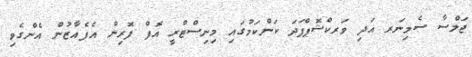
ޖަލްސާ ސެމިނަރ އަދި ވަރކްޝޮޕްފަދަ ކަންކަމުގައި މިނިސްޓްރީ އޮފް ފޮރިން އެފެއާޒުން އެންގެވި